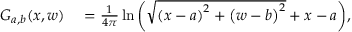
\begin{array} { r l } { G _ { a , b } ( x , w ) } & { { } = \frac { 1 } { 4 \pi } \ln { \left( \sqrt { \left( x - a \right) ^ { 2 } + \left( w - b \right) ^ { 2 } } + x - a \right) } , } \end{array}